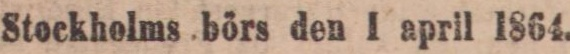
Stockholms börs den I april 1864.